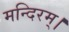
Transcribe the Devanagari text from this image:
मन्दिरम्।